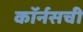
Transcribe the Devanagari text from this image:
कॉर्नसची